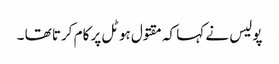
پولیس نے کہا کہ مقتول ہوٹل پر کام کرتا تھا ۔